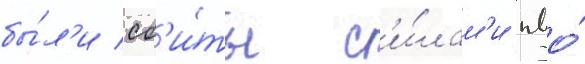
бы́л'и сб'и́ты с'и́лам'и пво́